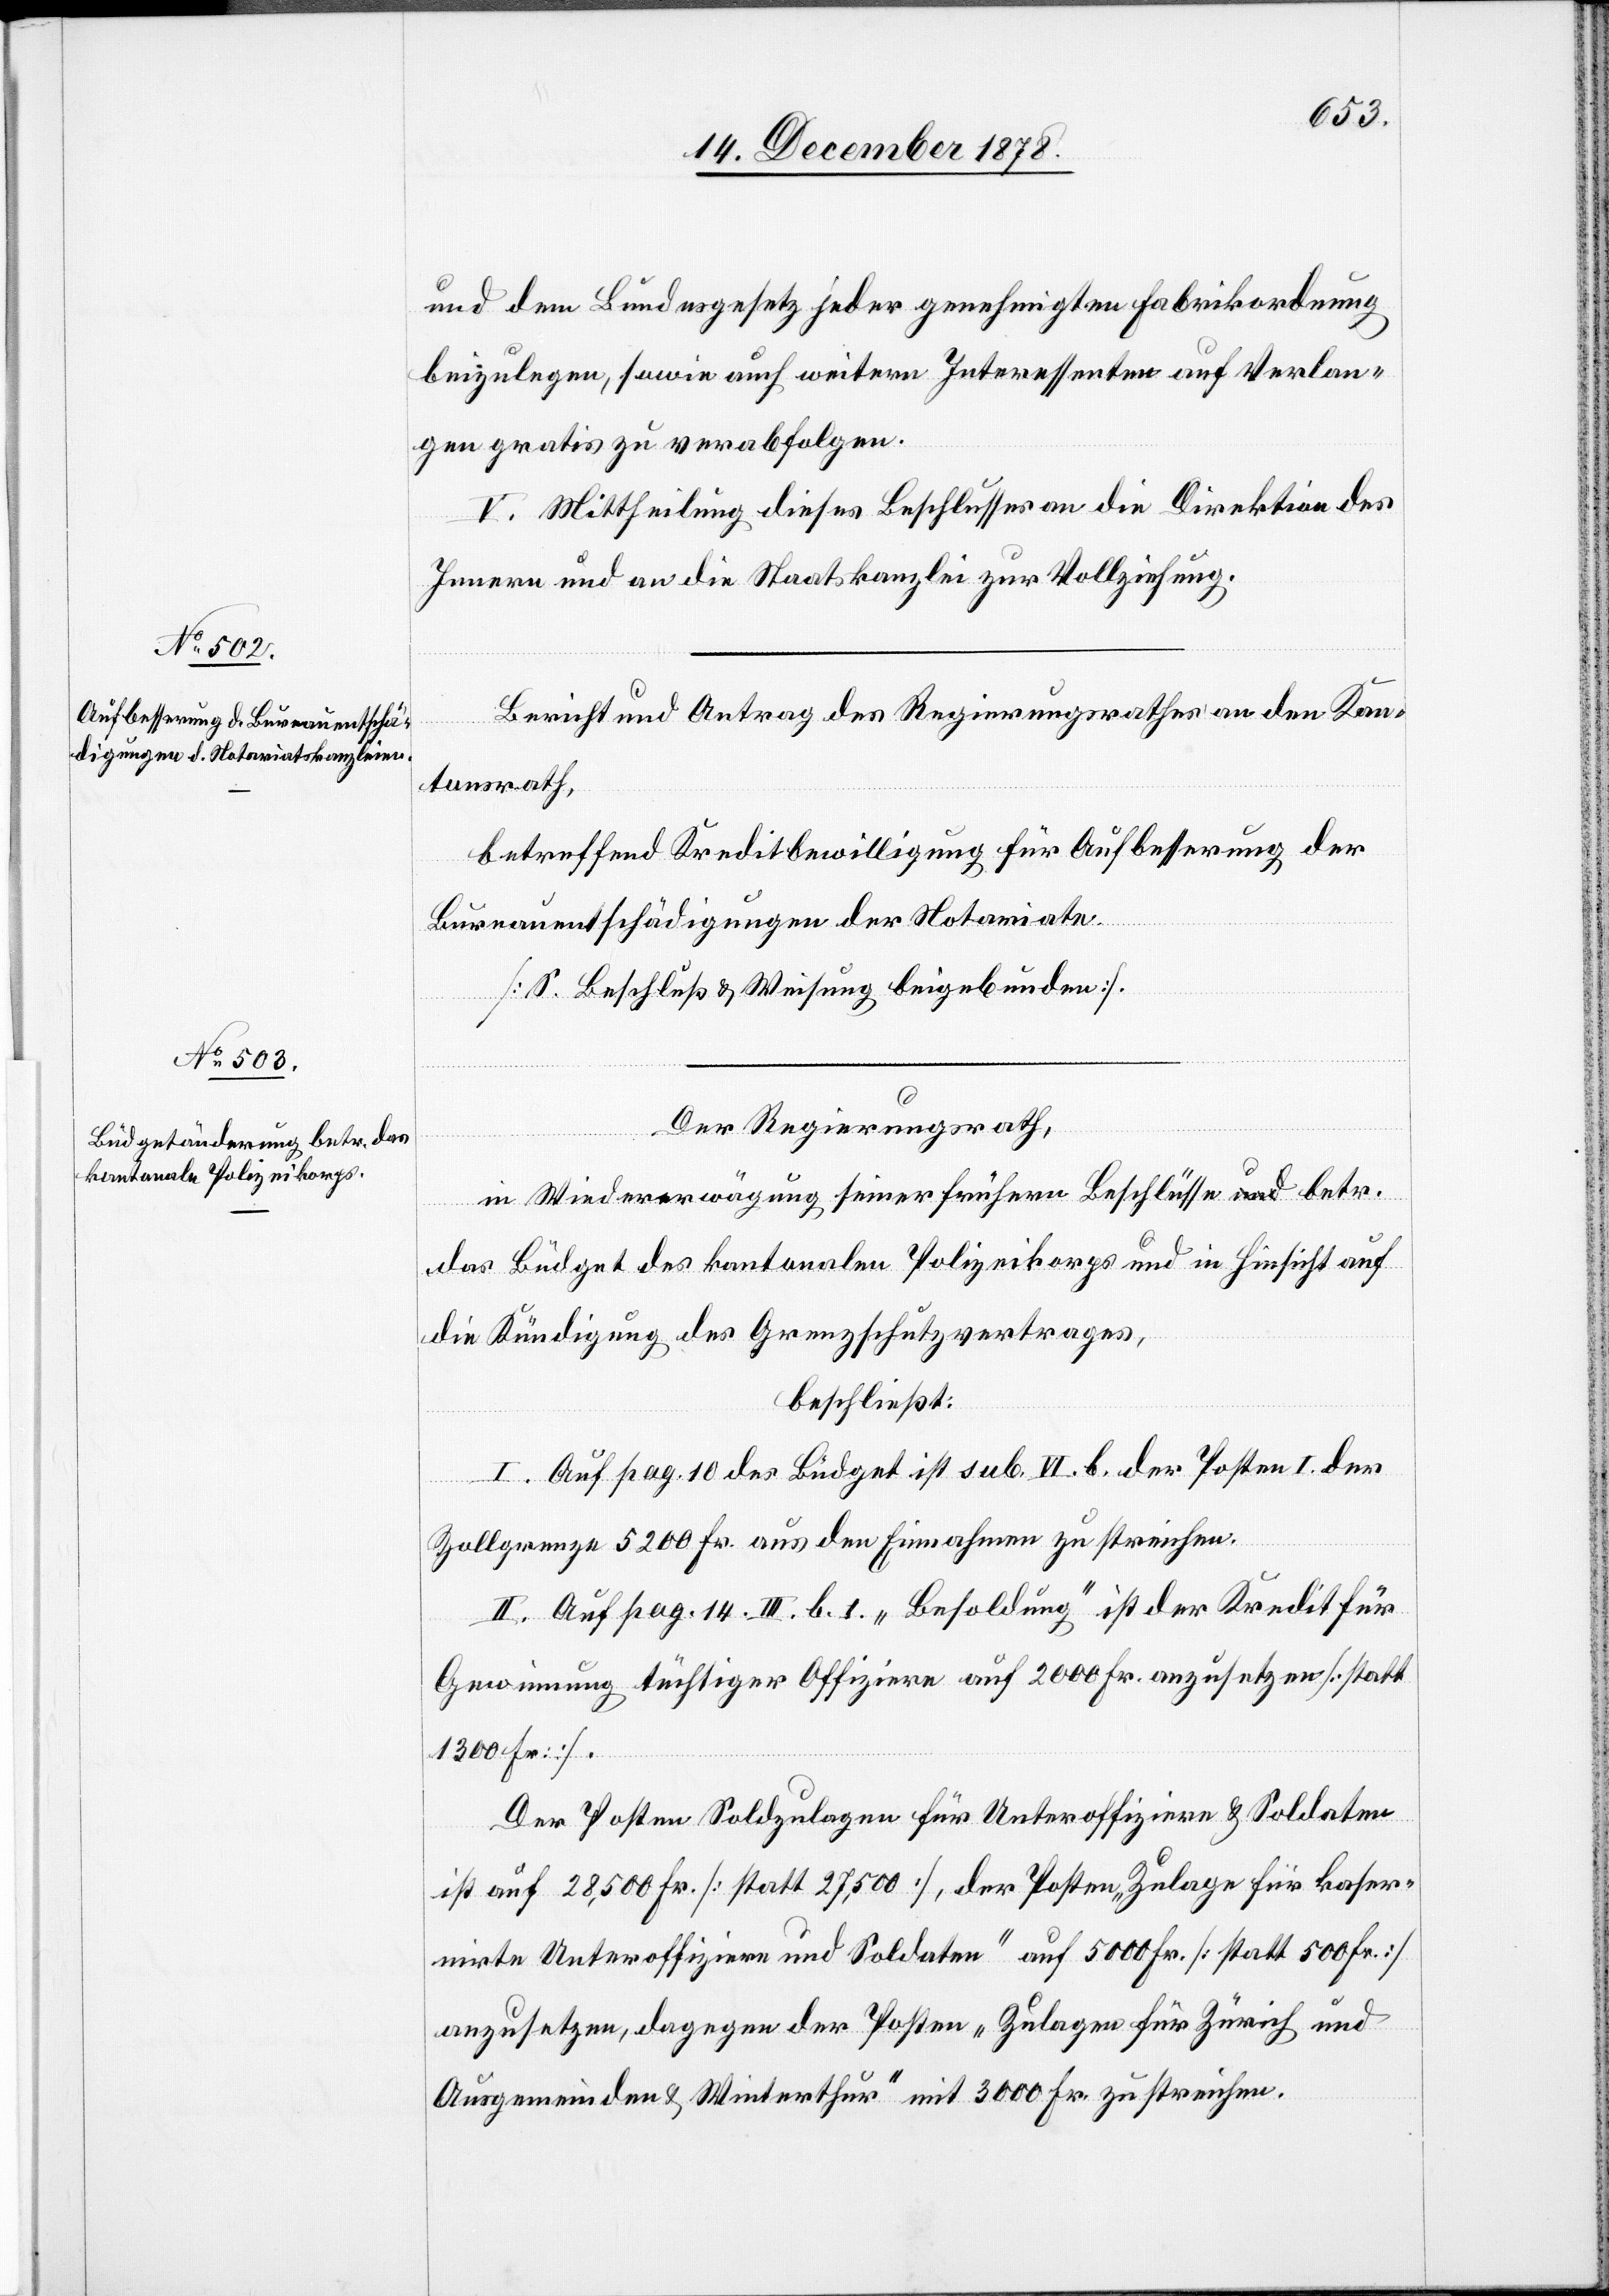
und dem Bundesgesetz jeder genehmigten Fabrikordnung
beizulegen, sowie auch weitern Interessenten auf Verlan¬
gen gratis zu verabfolgen.
V. Mittheilung dieses Beschlusses an die Direktion des
Innern und an die Staatskanzlei zur Vollziehung.
Bericht und Antrag des Regierungsrathes an den Kan¬
tonsrath,
betreffend Kreditbewilligung für Aufbesserung der
Bureauentschädigungen der Notariate.
[S. Beschluß & Weisung beigebunden].